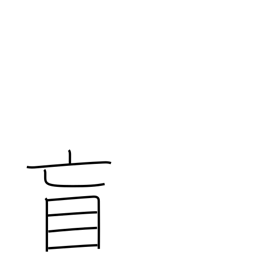
Meaning: blind